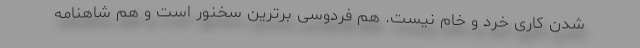
شدن کاری خرد و خام نیست. هم فردوسی برترین سخنور است و هم شاهنامه